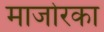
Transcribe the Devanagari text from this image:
माजोरका